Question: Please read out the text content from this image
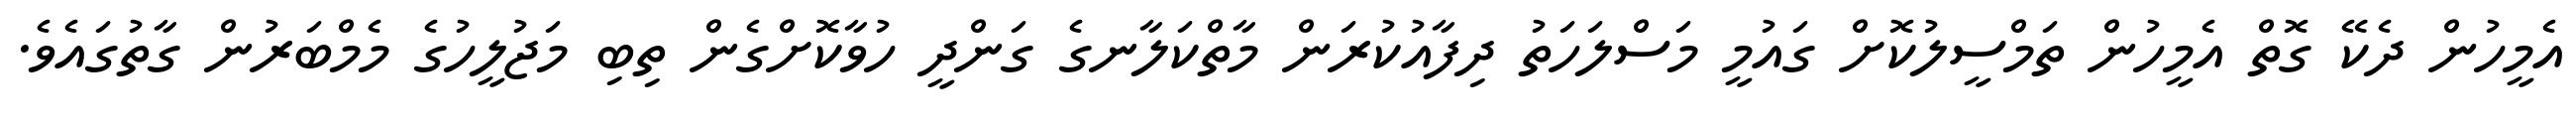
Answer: އެމީހުން ދެކޭ ގޮތް އެމީހުން ތަމްސީލުކޮށް ގައުމީ މަސްލަހަތު ދިފާއުކުރަން މާތްކަލާނގެ ގަންދީ ހުވާކޮށްގެން ތިބި މަޖުލީހުގެ މެމްބަރުން ގާތުގައެވެ.